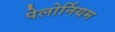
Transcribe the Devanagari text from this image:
पेलोर्नियम